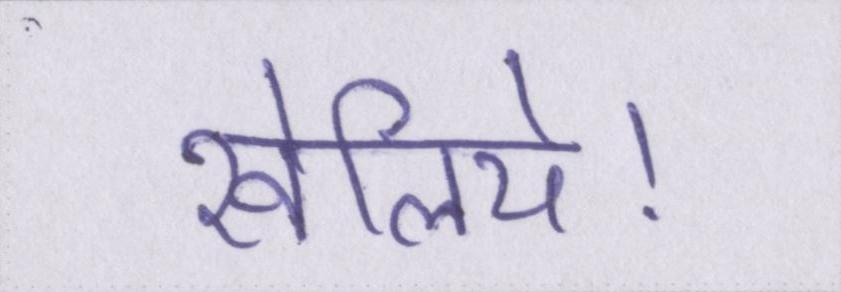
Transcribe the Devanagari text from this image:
खेलिये।